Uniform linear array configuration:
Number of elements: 16
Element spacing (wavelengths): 0.75
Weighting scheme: hann
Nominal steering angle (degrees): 45
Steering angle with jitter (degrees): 43.821
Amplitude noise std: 0.05
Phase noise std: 0.05

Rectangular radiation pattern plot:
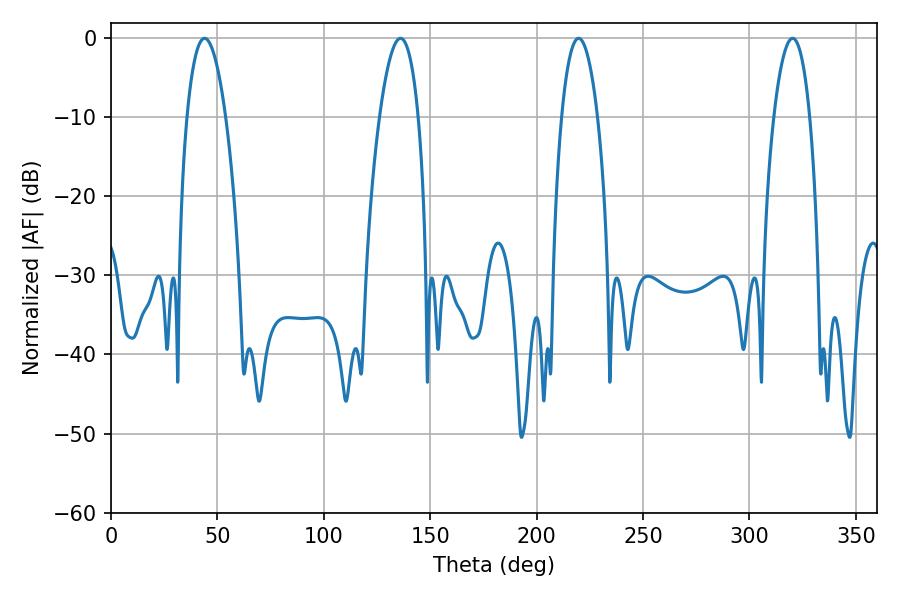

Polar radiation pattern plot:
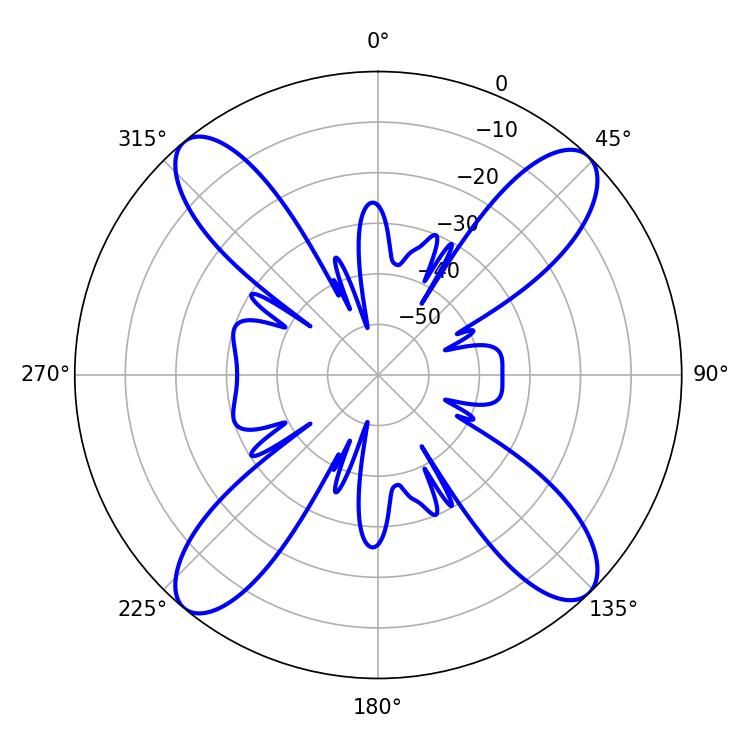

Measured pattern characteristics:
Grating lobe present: TRUE
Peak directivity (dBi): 17.233
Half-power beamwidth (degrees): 10.08
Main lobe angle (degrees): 43.92